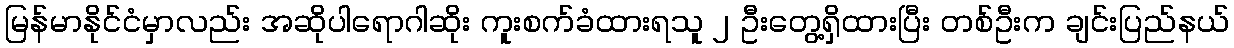
မြန်မာနိုင်ငံမှာလည်း အဆိုပါရောဂါဆိုး ကူးစက်ခံထားရသူ ၂ ဦးတွေ့ရှိထားပြီး တစ်ဦးက ချင်းပြည်နယ်